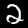
Label: 2